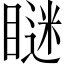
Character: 瞇